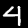
Label: 4